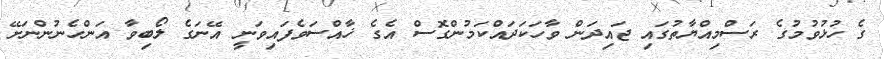
ގެ ހުޅުވުމުގެ ރަސްމިއްޔާތުގައި ޖައިދަން ވާހަކަދައްކަމުންގޮސް އެގެ ޚާއްސަވެފައިވަނީ އޭނަގެ ލޯބިވާ އަންހެނުންނަށޭ